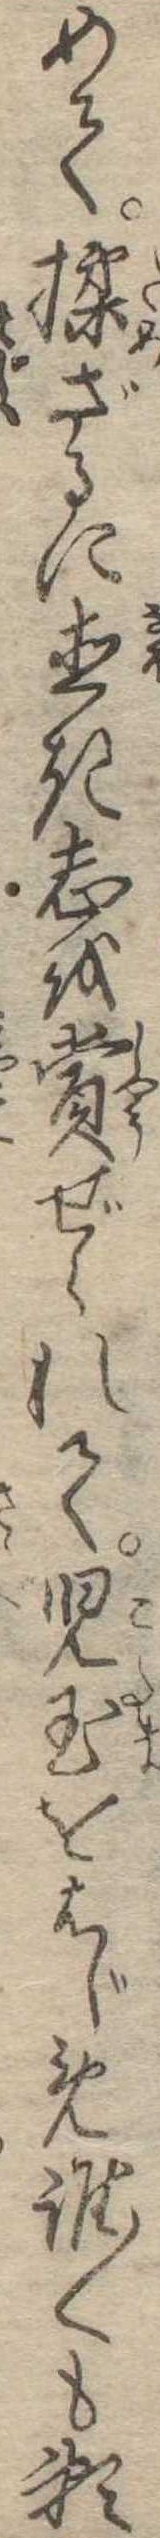
めて揉ざるに直き志を賞ぜられて児玉をはじめ誰〱も頼